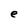
Character: e